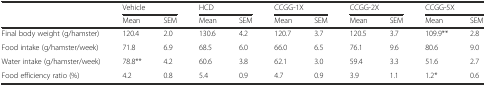
|  | <COLSPAN=2> Vehicle | <COLSPAN=2> HCD | <COLSPAN=2> CCGG-1X | <COLSPAN=2> CCGG-2X | <COLSPAN=2> CCGG-5X |
 |  | Mean | SEM | Mean | SEM | Mean | SEM | Mean | SEM | Mean | SEM |
 | --- | --- | --- | --- | --- | --- | --- | --- | --- | --- | --- |
 | Final body weight (g/hamster) | 120.4 | 2.0 | 130.6 | 4.2 | 120.7 | 3.7 | 120.5 | 3.7 | 109.9** | 2.8 |
 | Food intake (g/hamster/week) | 71.8 | 6.9 | 68.5 | 6.0 | 66.0 | 6.5 | 76.1 | 9.6 | 80.6 | 9.0 |
 | Water intake (g/hamster/week) | 78.8** | 4.2 | 60.6 | 3.8 | 62.1 | 3.0 | 59.4 | 3.3 | 51.6 | 2.7 |
 | Food efficiency ratio (%) | 4.2 | 0.8 | 5.4 | 0.9 | 4.7 | 0.9 | 3.9 | 1.1 | 1.2* | 0.6 |